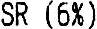
SR (6%)